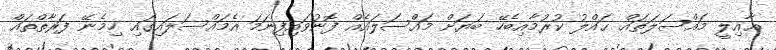
ޢާއިލީ މައްސަލަތައް ޙައްލު ކުރުމާއިބެހޭ ބަޔަށް މައްސަލައެއް ފޮނުވައިފިނަމަ އެމައްސަލައިގައި ހިމެނޭ ފަރާތްތައް